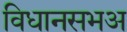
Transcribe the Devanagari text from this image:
विधानसभअ